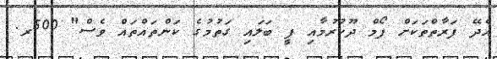
އެދޭ ފަރާތްތަކަށް ފޯމް ދޫކުރުމާއި ފީ ބަލައި ގަތުމުގެ ކަންތައްތައް ވެސް" 500ރ.